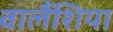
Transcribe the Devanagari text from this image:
वालैंशिया